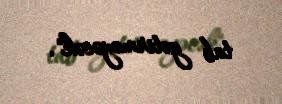
tab gətirməyəcək".